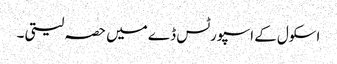
اسکول کے اسپورٹس ڈے میں حصہ لیتی ۔